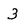
Character: 3